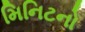
મિનિટનો